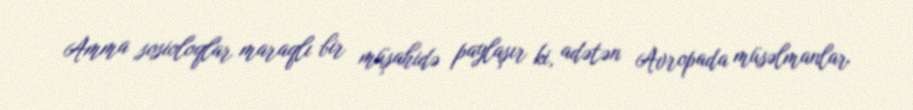
Amma sosioloqlar maraqlı bir müşahidə paylaşır ki, adətən Avropada müsəlmanlar